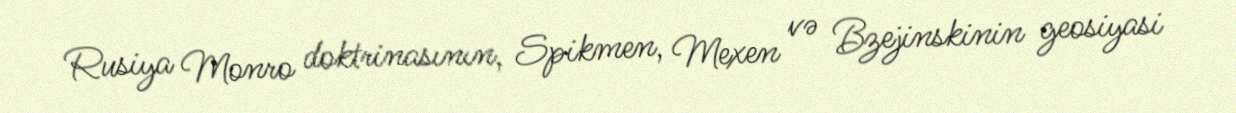
Rusiya Monro doktrinasının, Spikmen, Mexen və Bzejinskinin geosiyasi